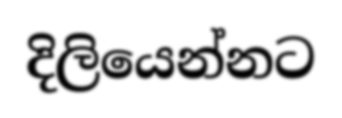
දිලියෙන්නට